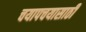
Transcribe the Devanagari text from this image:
चयापचयासाठी